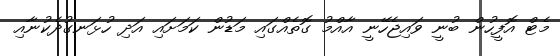
މެޓް އޮފީހުން ބުނީ ވައިޖެހޭނީ އާއްމު ގޮތެއްގައި މަޑުން ކަމަށައި އަދި ހުޅަނގުދެކުނާއި